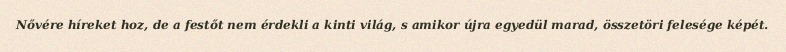
Nővére híreket hoz, de a festőt nem érdekli a kinti világ, s amikor újra egyedül marad, összetöri felesége képét.